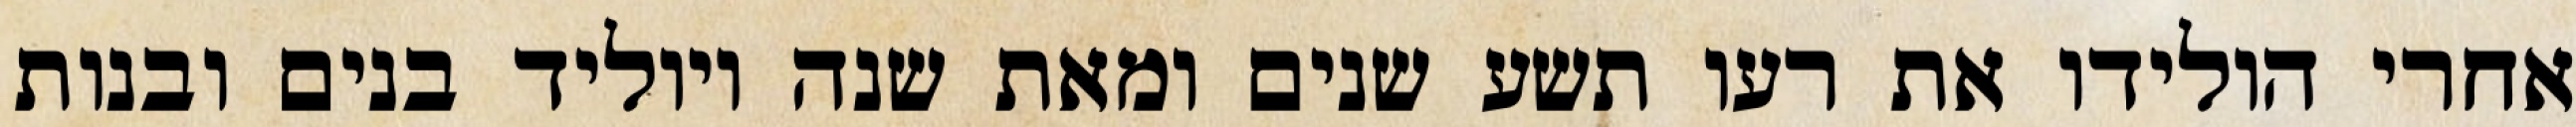
אחרי הולידו את רעו תשע שנים ומאת שנה ויוליד בנים ובנות